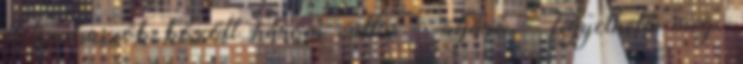
életszakaszok között három váltás – átjáró – figyelhető meg.